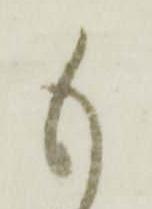
も